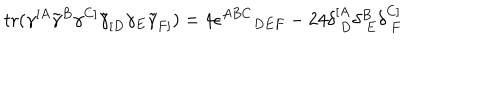
LaTeX: \mathrm { t r } ( \gamma ^ { [ A } \tilde { \gamma } ^ { B } \gamma ^ { C ] } \tilde { \gamma } _ { [ D } \gamma _ { E } \tilde { \gamma } _ { F ] } ) = 4 \epsilon ^ { A B C } { } _ { D E F } - 2 4 \delta _ { ~ D } ^ { [ A } \delta _ { ~ E } ^ { B } \delta _ { ~ F } ^ { C ] }